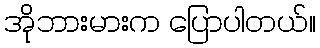
အိုဘားမားက ပြောပါတယ်။